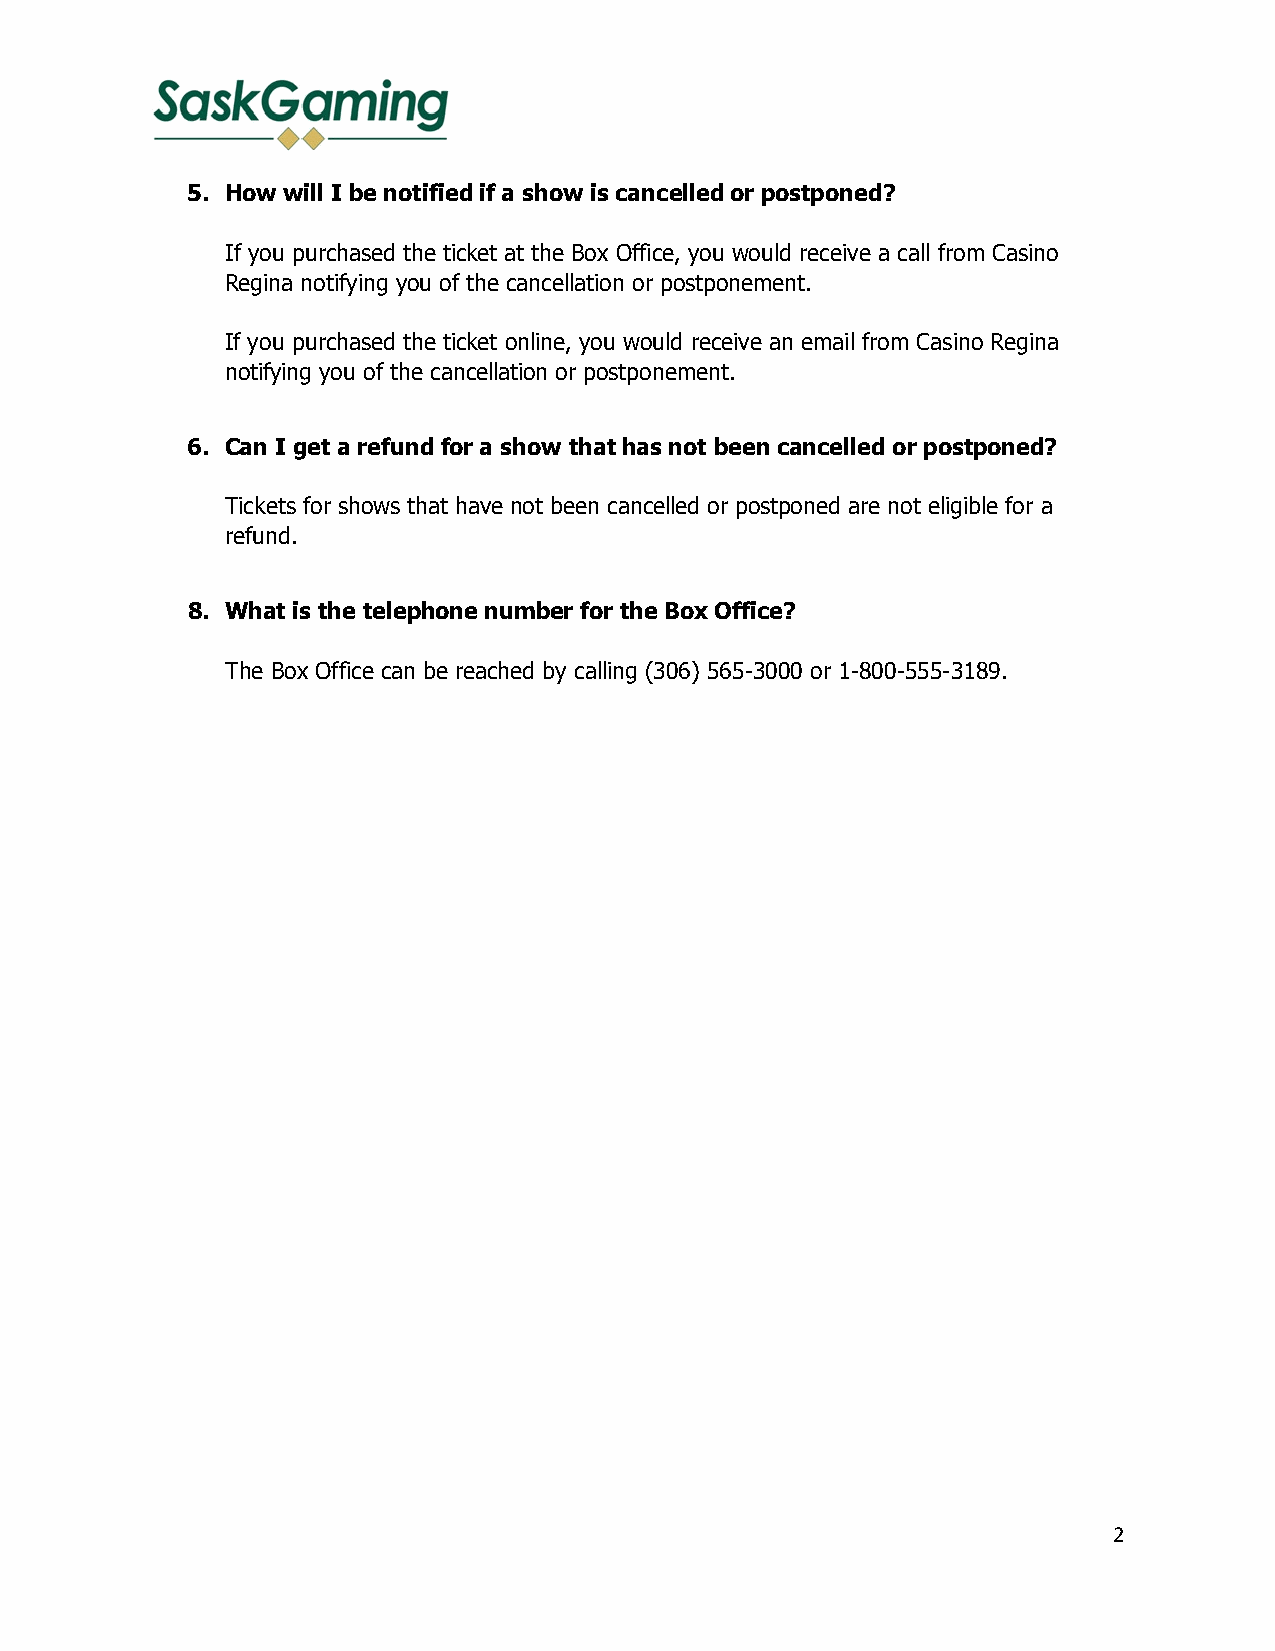
5. How will I be notified if a show is cancelled or postponed?
 If you purchased the ticket at the Box Office, you would receive a call from Casino
 Regina notifying you of the cancellation or postponement.
 If you purchased the ticket online, you would receive an email from Casino Regina
 notifying you of the cancellation or postponement.
 6. Can I get a refund for a show that has not been cancelled or postponed?
 Tickets for shows that have not been cancelled or postponed are not eligible for a
 refund.
 8. What is the telephone number for the Box Office?
 The Box Office can be reached by calling (306) 565-3000 or 1-800-555-3189.
 2